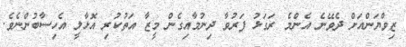
ޒިވްޔަންއަށް ދެވޭނެ އެންމެ ރަގަޅު ފަރުވާ ދިނުމާއިގެން މީޒާ އަތުކުރި އޮޅާލީ އެހިސާބުންނެވެ.